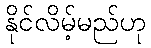
နိုင်လိမ့်မည်ဟု